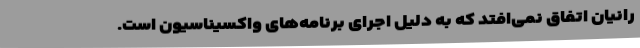
رانیان اتفاق نمی‌افتد که به دلیل اجرای برنامه‌های واکسیناسیون است.